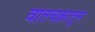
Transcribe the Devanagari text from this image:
वातचक्रातून